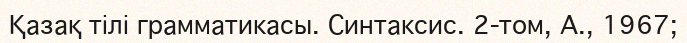
Қазақ тілі грамматикасы. Синтаксис. 2-том, А., 1967;